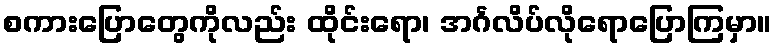
စကားပြောတွေကိုလည်း ထိုင်းရော၊ အင်္ဂလိပ်လိုရောပြောကြမှာ။